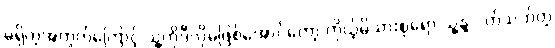
မရှိတဲ့အတွက်ကြောင့် သူ့ကိုဒီလိုမဖြစ်အောင်တော့ ကိုယ့်မိသားစုရော သူ့နဲ့ ပတ်သက်တဲ့